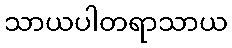
သာယပါတရာသာယ